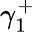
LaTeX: \gamma_{1}^{+}